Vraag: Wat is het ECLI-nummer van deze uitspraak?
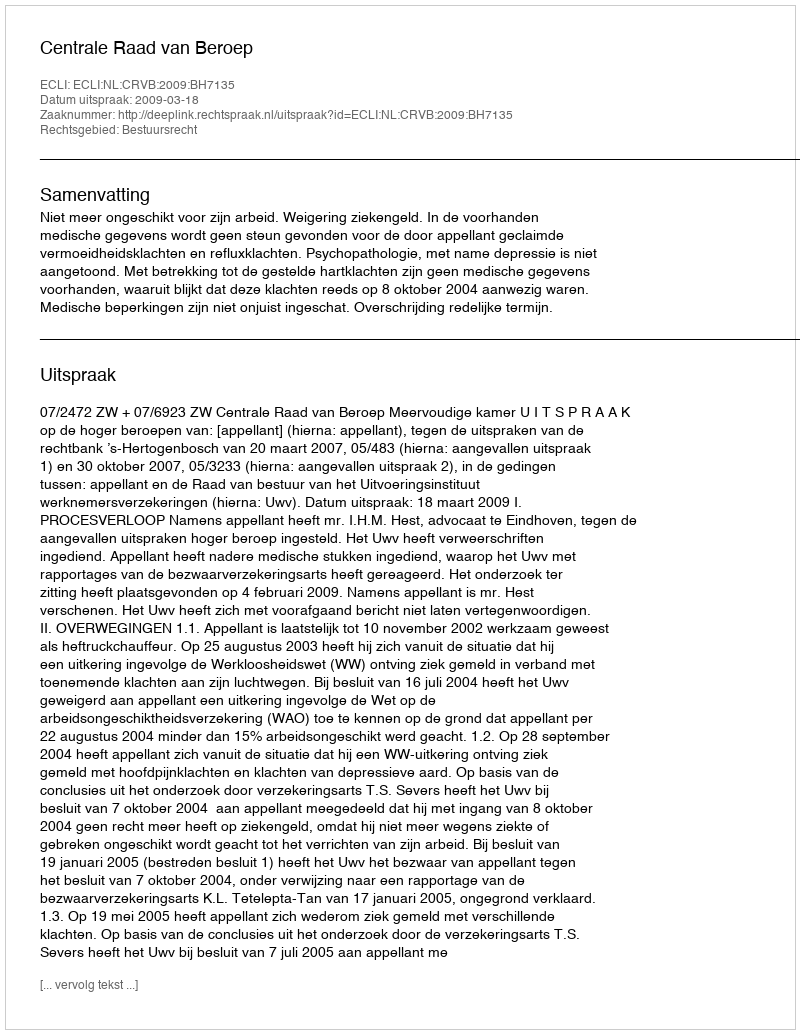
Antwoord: ECLI:NL:CRVB:2009:BH7135